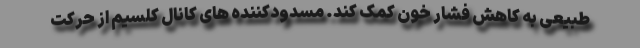
طبیعی به کاهش فشار خون کمک کند. مسدودکننده های کانال کلسیم از حرکت